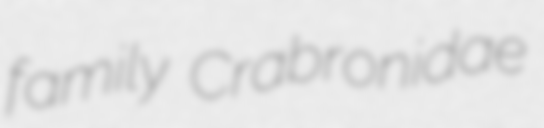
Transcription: family Crabronidae